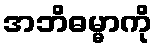
အဘိဓမ္မာကို